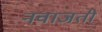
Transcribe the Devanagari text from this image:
नवाजती